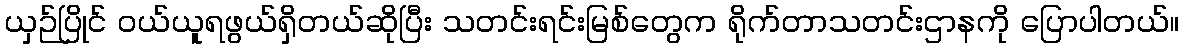
ယှဉ်ပြိုင် ဝယ်ယူရဖွယ်ရှိတယ်ဆိုပြီး သတင်းရင်းမြစ်တွေက ရိုက်တာသတင်းဌာနကို ပြောပါတယ်။